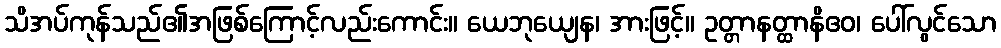
သိအပ်ကုန်သည်၏အဖြစ်ကြောင့်လည်းကောင်း။ ယေဘုယျေန၊ အားဖြင့်။ ဥတ္တာနတ္ထာနိဧဝ၊ ပေါ်လွင်သော